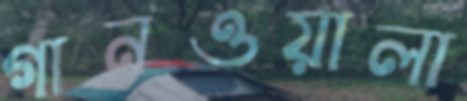
গানওয়ালা